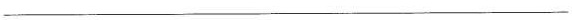
___